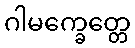
ဂါမက္ခေတ္တေ